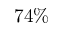
7 4 \%